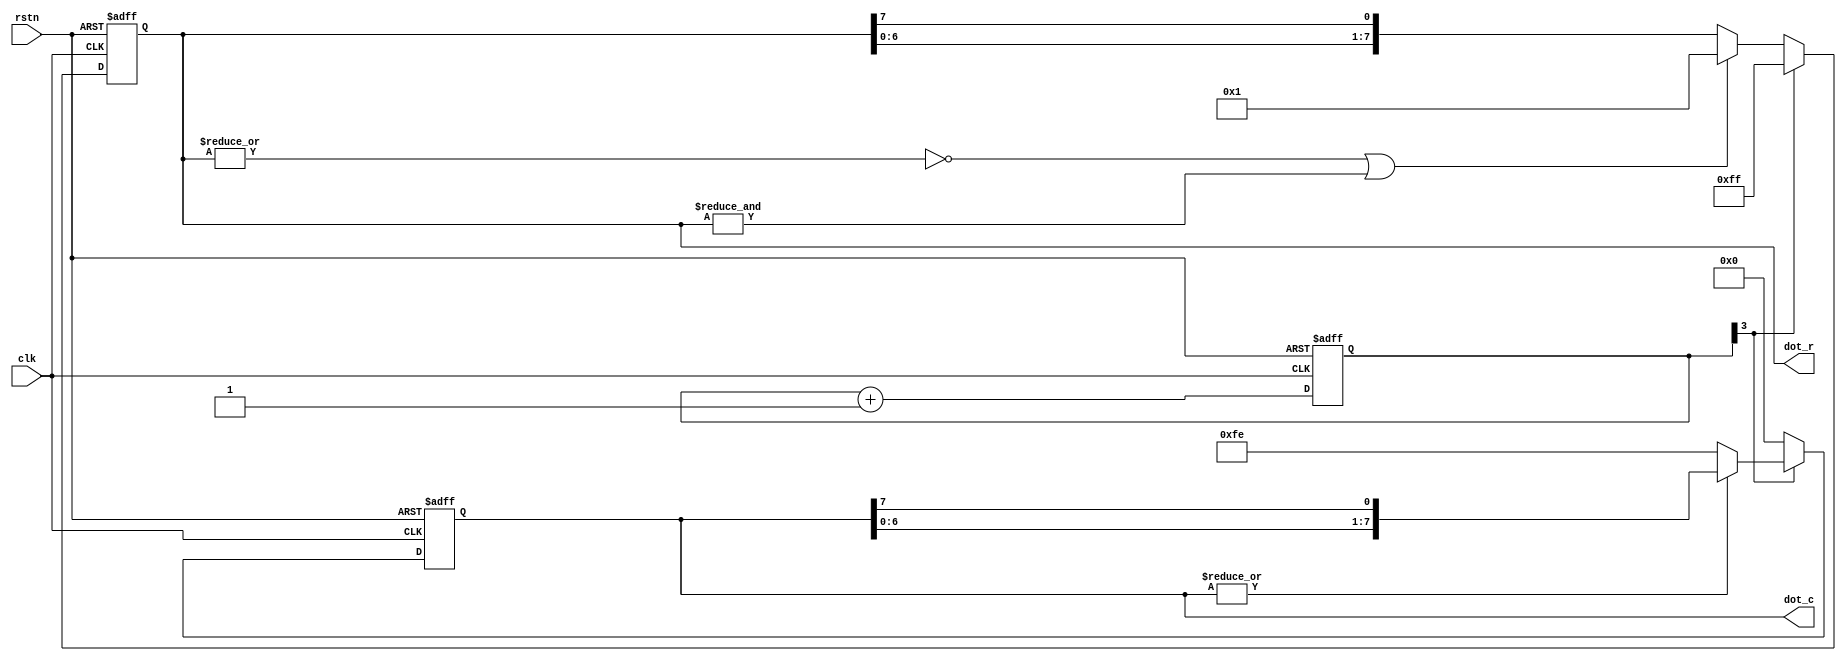
module DOT_TEST(
						input		clk,
						input		rstn,
						
						output	[8:1]	dot_r,
						output	[8:1]	dot_c

					);
		reg	[8:1]	dot_r;
		reg	[8:1]	dot_c;
		
		reg	[3:0]	cnt;

		always @(posedge clk or negedge rstn)begin
			if(!rstn)
				cnt <= 4'h0;
			else cnt <= cnt +1'b1;
		end
	
		always @(posedge clk or negedge rstn)begin
			if(!rstn)begin
				dot_r <= 8'h00;
				dot_c <= 8'h00;
			end
			else if(!cnt[3]) begin
				dot_c <= 8'h00;
				if(!(|dot_r) | (&dot_r))	dot_r <= 8'h01;
				else	dot_r <= {dot_r[7:1], dot_r[8]};
			end
			else begin
				dot_r <= 8'hff;
				if(!(|dot_c))	dot_c <= 8'hfe;
				else dot_c <= {dot_c[7:1], dot_c[8]};
			end
		end

endmodule